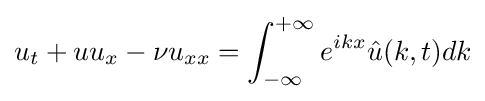
u_{t}+uu_{x}-\nu u_{xx}=\int _{-\infty }^{+\infty }e^{ikx}{\hat {u}}(k,t)dk